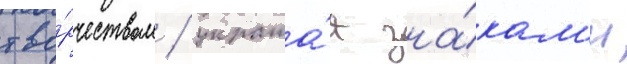
тво́рчеством / украша́я зна́кам'и